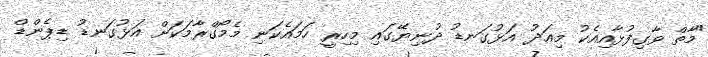
"މާތް ވާގިފުޅާއިއެކު މިއަދު އަޅުގަނޑު ދުނިޔޭގައި މިހިރީ ހަމައެކަނި މެމޯގްރާމަކަށް އަޅުގަނޑު ޑިޕެންޑް